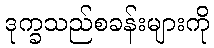
ဒုက္ခသည်စခန်းများကို